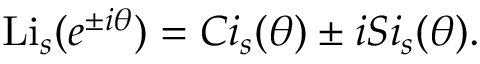
\operatorname { L i } _ { s } ( e ^ { \pm i \theta } ) = C i _ { s } ( \theta ) \pm i S i _ { s } ( \theta ) .